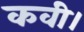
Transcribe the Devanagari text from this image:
कवी।